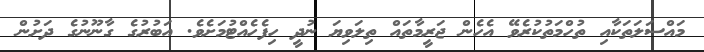
މައްސަލަތަކާއި ތުހްމަތުކުރެވޭ އެހެން ޖަރީމާތައް ތިލަވިޔަ ނުދީ ހިފެހެއްޓުމަށެވެ. އަބުރުގެ ގާނޫނުގެ ދަށުން